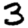
Digit: 3